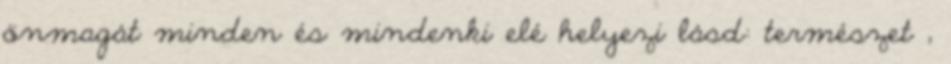
önmagát minden és mindenki elé helyezi lásd: természet ,